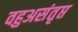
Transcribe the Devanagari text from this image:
वहुअसंतृप्त